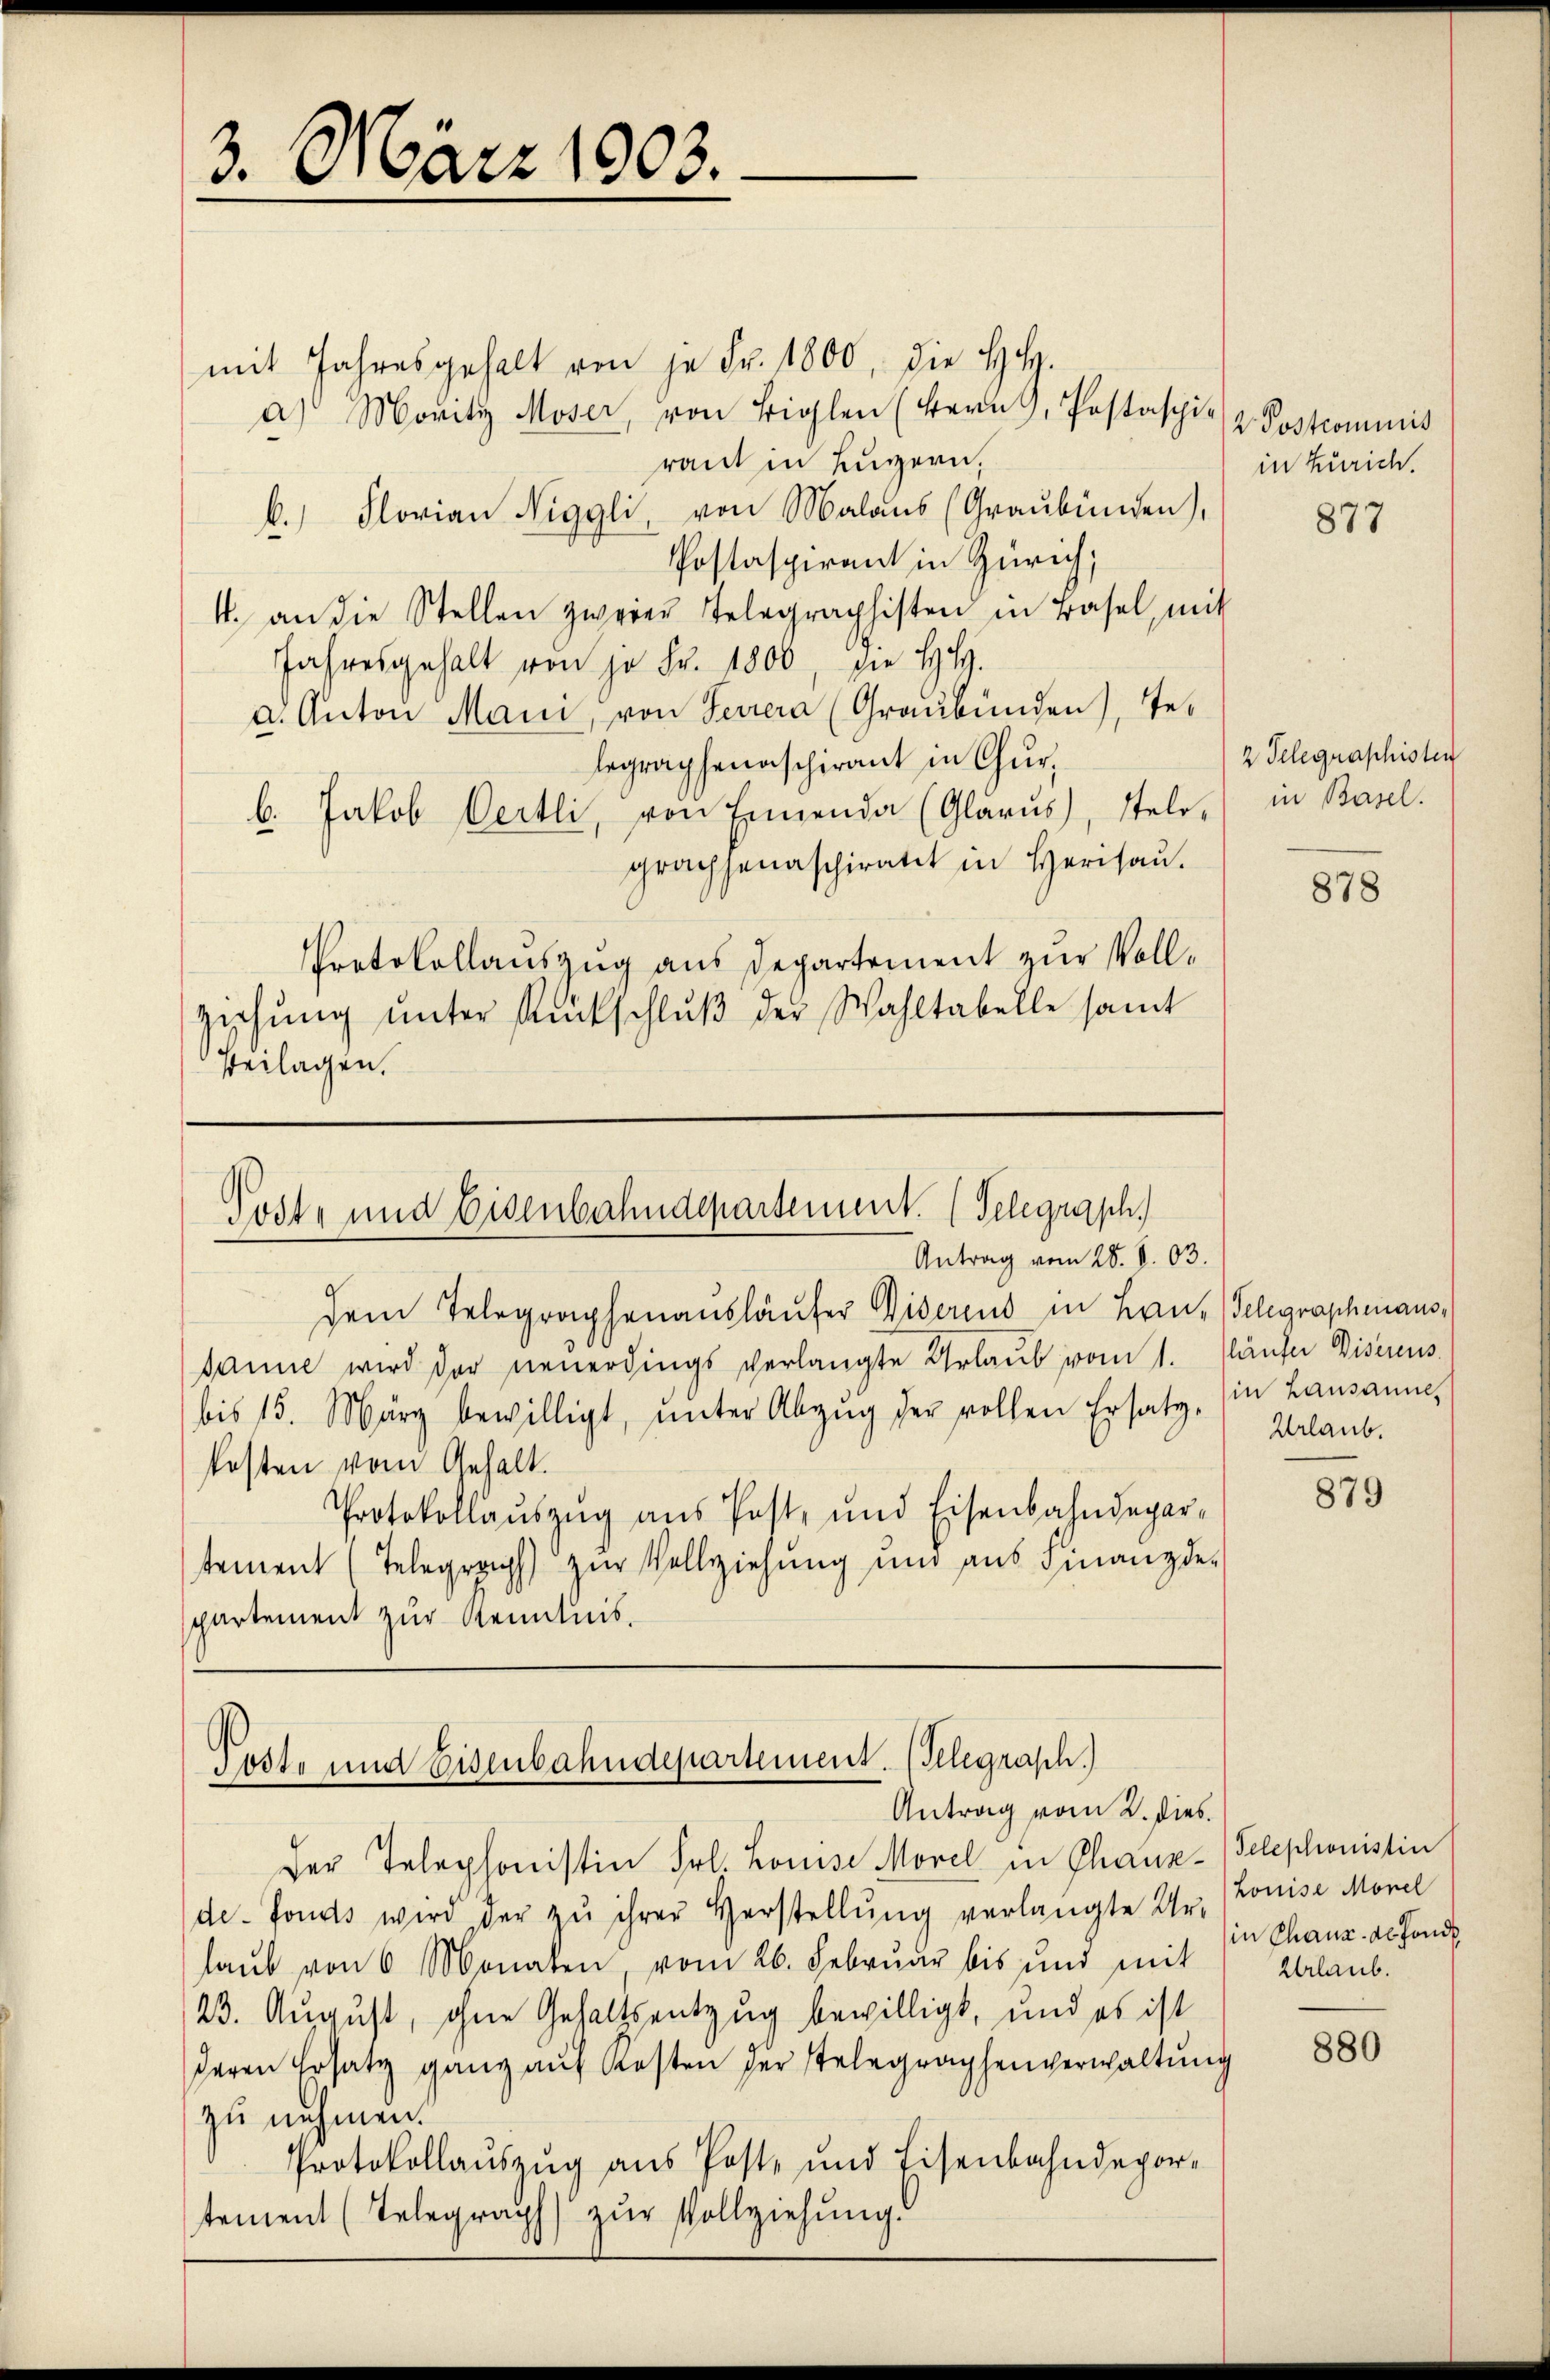
3. März 1903.

mit Jahresgehalt von je Fr. 1800, die H.
a) Moritz Moser, von Biolen (Bern, Postaschie z. Postcommis
raut in Luzern,
b. Florian Niggli, von Malans (Graubünden),
Postaspirant in Zürich,
4. an die Stellen zweier Telegraphisten in Basel, mit
Jahresgehalt von je Fr. 1800 die H.
a. Anton Mani, von Feurera (Graubünden), Telegraphenaschirant in Chur,
b. Jakob Oertli, von Ennenda (Glarus, stelgrachsenaschiratet in Herisau.
Protokollauszug aus Departement zur Voll¬
Ziehŭng ŭnter Rückschlŭβ der Wahltabelle samt
Beilagen.

Poste und Eisenbahndepartement. (Telegraph.
Antrag vom 28. S. 103.
dem Telegraphenausläufer Diserens in Hrn. Telegraphenaus¬

sanne wird der neuerdings verlangte Urlaub vom 1. Käufer Discreus
bis 15. März bewilligt, ŭnter Abzŭg der vollen Ersatz, in Lausanne
kosten vom Gehalt.
Protokollauszug aus Post- und Eisenbahndepartement (Telegraph zur Vollziehung und aus Finanzde-
partement zur Kenntnis.

in Zürich.
877

Post- und Eisenbahndepartement. (Telegrasch.)
Antrag vom 2. dies

Der Telephonistin Frl. Louise Morel in Chaux-Telephonistin
de-Fonds wird der zŭ ihrer Herstellŭng verlangte Uhr. (Louise Monel
laŭb von 6 Monaten vom 26. Febrŭar bis und mit
23. August, ohne Gehaltsentzug bewilligt, und es ist
deren Ersatz ganz auf Kosten der stelegraphenverwaltung
zu nehmen.
Protokollaŭszŭg aŭs Post- und Eisenbahndepor-
tement (Telegraph zur Vollziehung.

2 Telegraphisten
in Basel.

878

Urlaub.

879

in Chaux de fonds.
Urlaub.

880